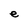
Character: e